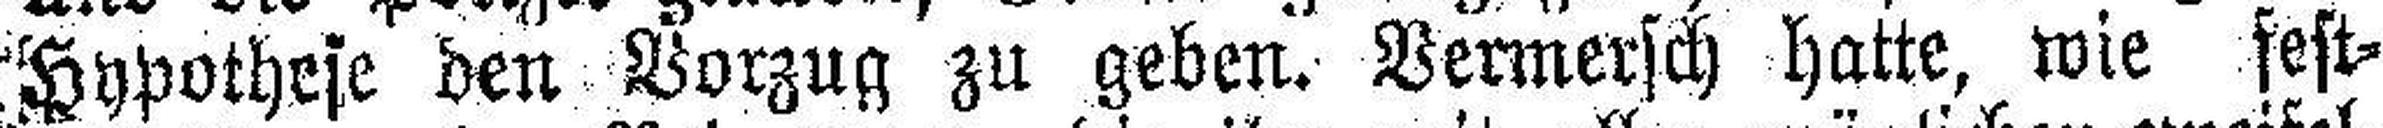
Hypothese den Vorzug zu geben. Vermersch hatte, wie fest¬